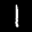
Label: 1